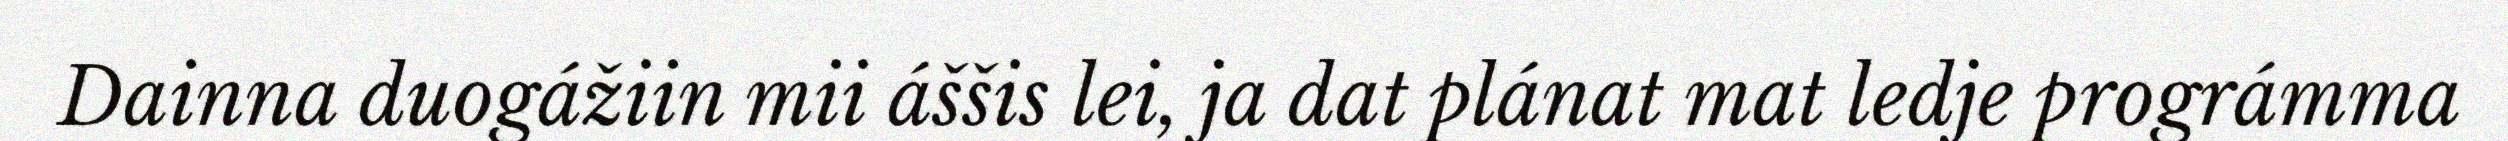
Dainna duogážiin mii áššis lei, ja dat plánat mat ledje prográmma